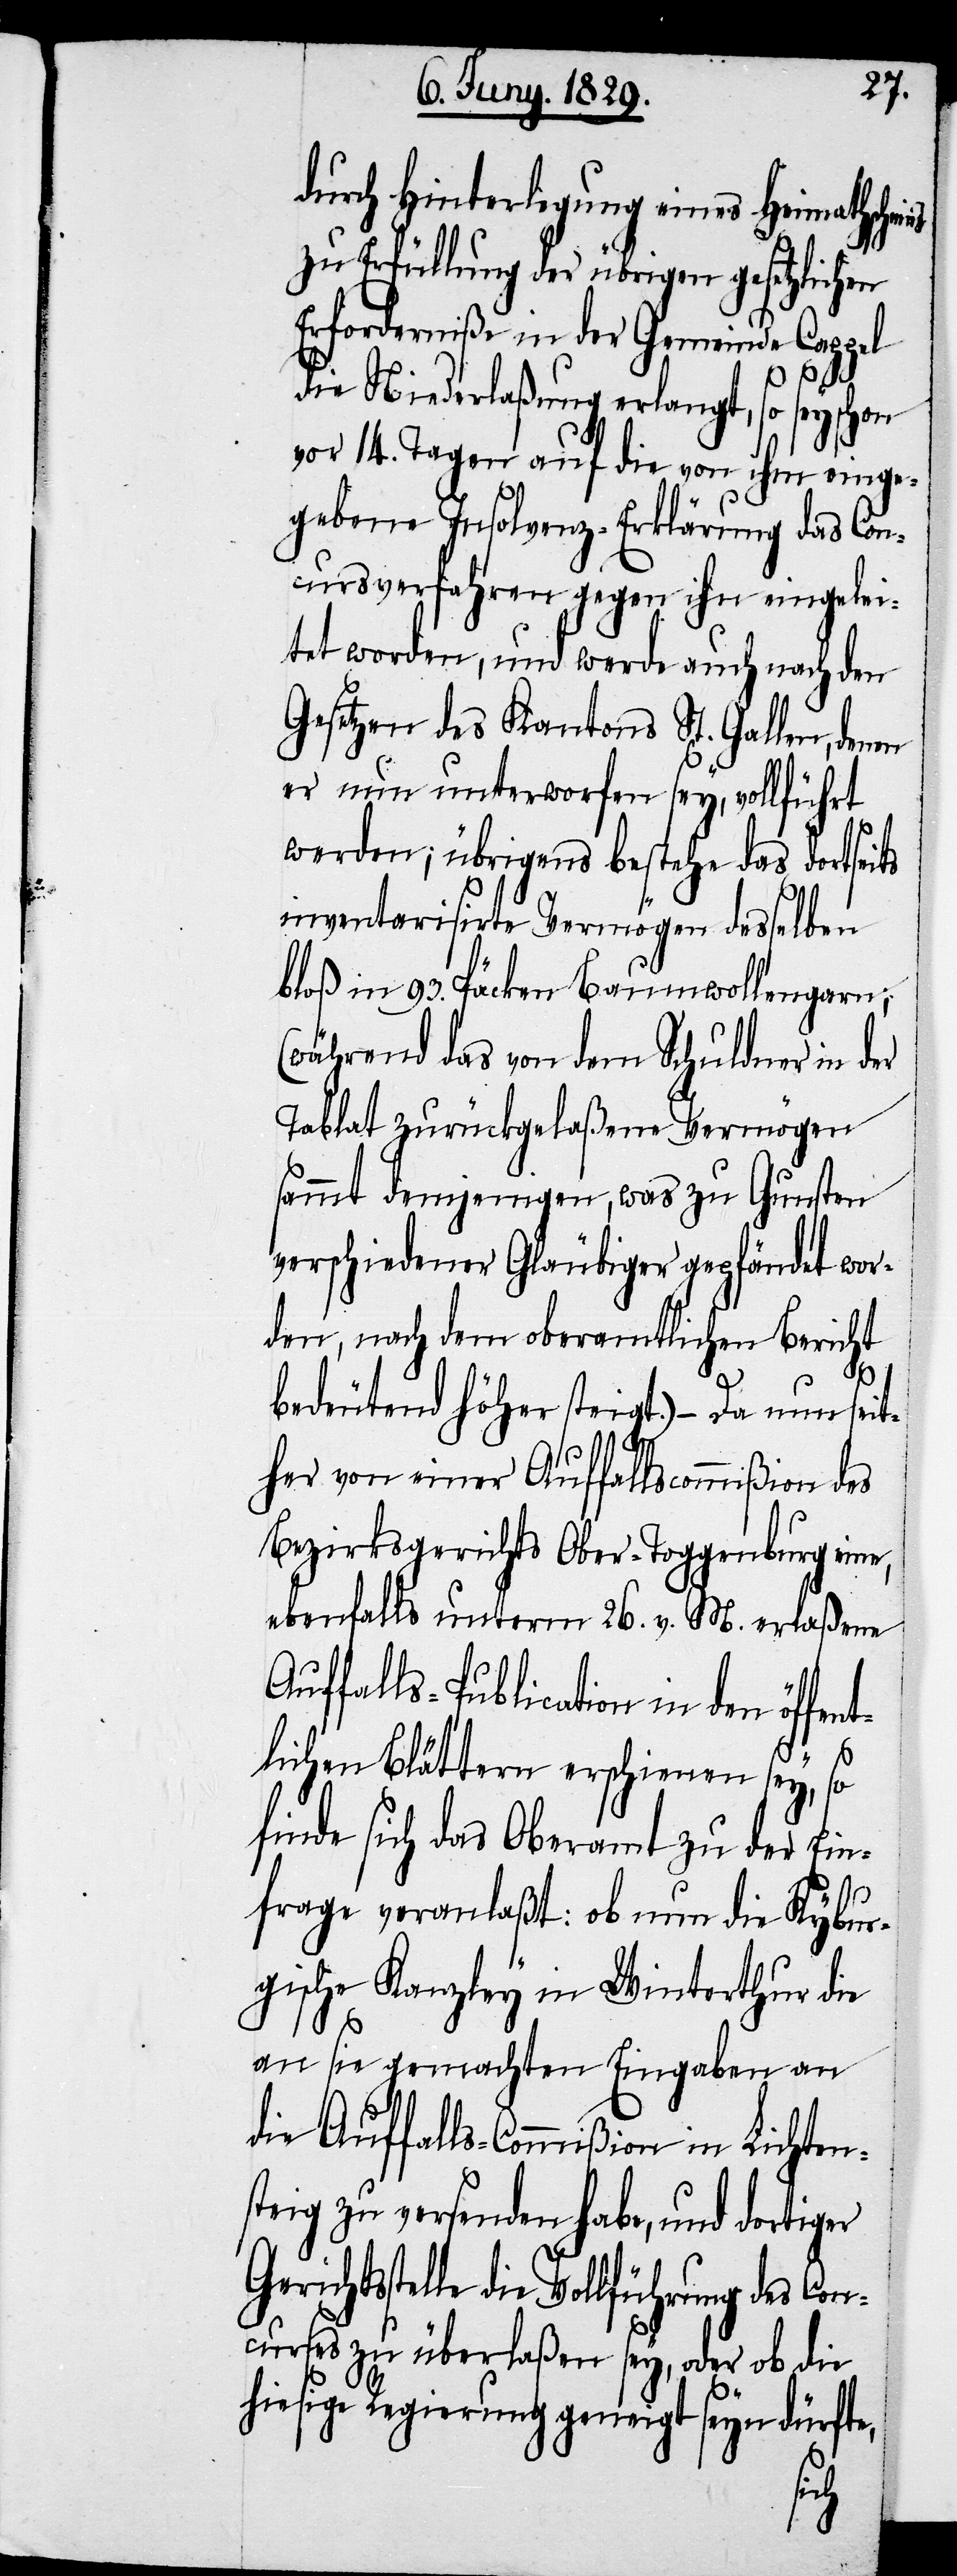
durch Hinterlegung eines Heimathsche¬
zu Erfüllung der übrigen gesetzlichen
Erforderniße in der Gemeinde Cappel
die Niederlaßung erlangt, so sey schon
vor 14. Tagen auf die von ihm einge¬
gebene Insolvenz-Erklärung das Con¬
cursverfahren gegen ihn eingelei¬
tet worden, und werde auch nach den
Gesetzen des Kantons St. Gallen,
er nun unterworfen sey, vollführt
werden; übrigens bestehe das dortseits
inventarisirte Vermögen desselben
bloß in 93. Päcken Baumwollengarn;
(während das von dem Schuldner in der
Tablat zurückgelaßene Vermögen
sammt demjenigen, was zu Gunsten
verschiedener Gläubiger gepfändet wor¬
den, nach dem oberamtlichen Bericht
bedeutend höher steigt,)– Da nun seit¬
her von einer Auffallscommißion des
Bezirksgerichts Ober-Toggenburg eine,
ebenfalls unterm 26. v. M. erlaßene
Auffalls-Publication in den öffen¬
tlichen Blättern erschienen sey, so
finde sich das Oberamt zu der Ein¬
frage veranlaßt: ob nun die Kybur¬
gische Kanzley in Winterthur die
an sie gemachten Eingaben an
die Auffalls-Commißion in Lichten¬
steig zu versenden habe, und dortiger
die Vollführung des Con¬
curses zu überlaßen sey, oder ob die
hiesige Regierung geneigt seyn dürfte,
ins